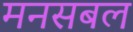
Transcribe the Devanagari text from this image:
मनसबल